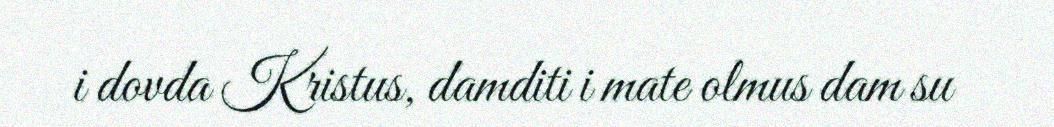
i dovda Kristus, damditi i mate olmus dam su